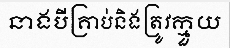
នាងបីគ្រាប់និងត្រូវក្មួយ